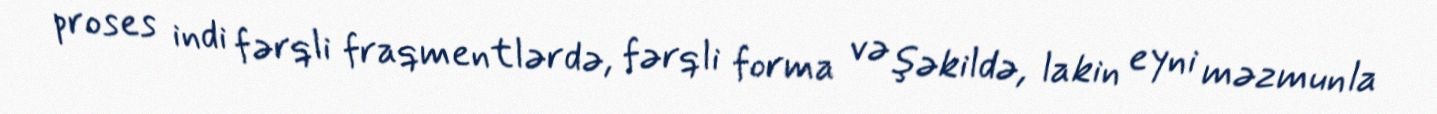
proses indi fərqli fraqmentlərdə, fərqli forma və şəkildə, lakin eyni məzmunla